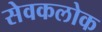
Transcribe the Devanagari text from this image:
सेवकलोक